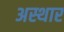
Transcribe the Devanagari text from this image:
अस्थार